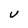
Character: U